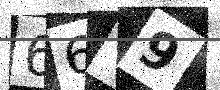
Text: 66Y9